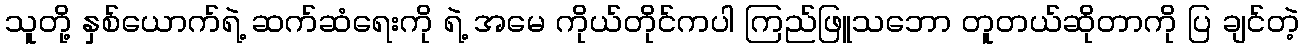
သူတို့ နှစ်ယောက်ရဲ့ ဆက်ဆံရေးကို ရဲ့ အမေ ကိုယ်တိုင်ကပါ ကြည်ဖြူသဘော တူတယ်ဆိုတာကို ပြ ချင်တဲ့